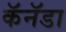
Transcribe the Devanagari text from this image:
कॅनॅडा